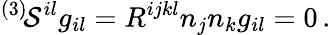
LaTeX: ^{(3)}\! {\cal S}^{il}g_{il}=R^{ijkl}n_{j}n_{k}g_{il}=0\, .